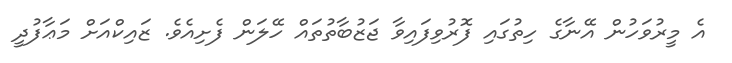
އެ މީރުވަހުން އޭނާގެ ހިތުގައި ފޮރުވިފައިވާ ޖަޒުބާތުތައް ހޭލަން ފެށިއެވެ. ޒައިކްއަށް މަޢާފުދީ